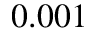
0 . 0 0 1